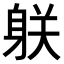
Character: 𨈽